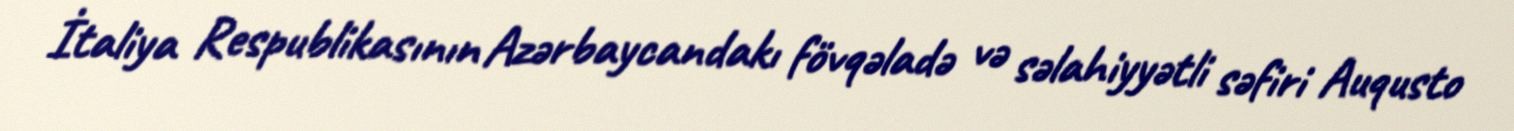
İtaliya Respublikasının Azərbaycandakı fövqəladə və səlahiyyətli səfiri Auqusto